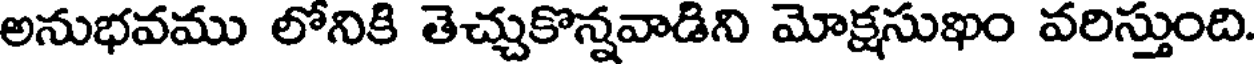
అనుభవము లోనికి తెచ్చుకొన్నవాడిని మోక్షసుఖం వరిస్తుంది.